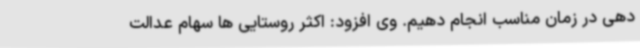
دهی در زمان مناسب انجام دهیم. وی افزود: اکثر روستایی ها سهام عدالت